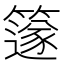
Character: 𥴦